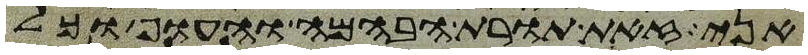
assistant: אני זאת תורת הבהמה והעוף וכל